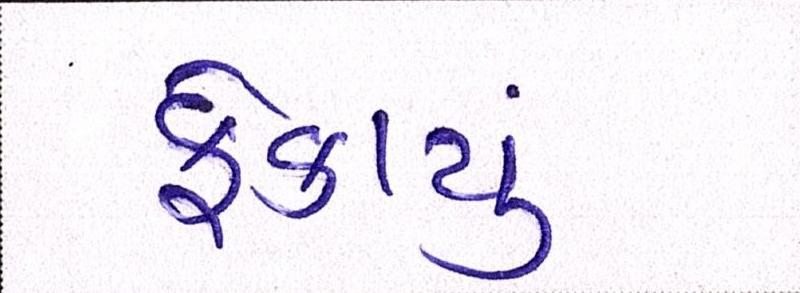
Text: ફેકાયું